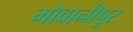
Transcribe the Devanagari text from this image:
भोवानीपुर